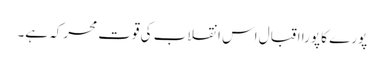
پورے کا پورا اقبال اس انقلاب کی قوت محرکہ ہے۔